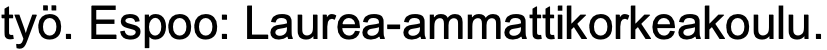
työ. Espoo: Laurea-ammattikorkeakoulu.